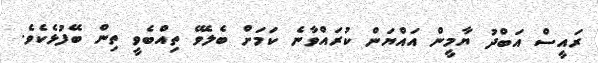
ރައީސް އަބްދު ޔާމީން އައްޔަން ކުރައްވާނެ ކަމަށް ބެލެވޭ ތިއްބެވީ ތިން ބޭފުޅެކެވެ.